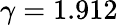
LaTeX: \gamma=1.912